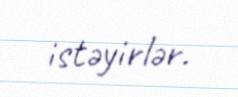
istəyirlər.